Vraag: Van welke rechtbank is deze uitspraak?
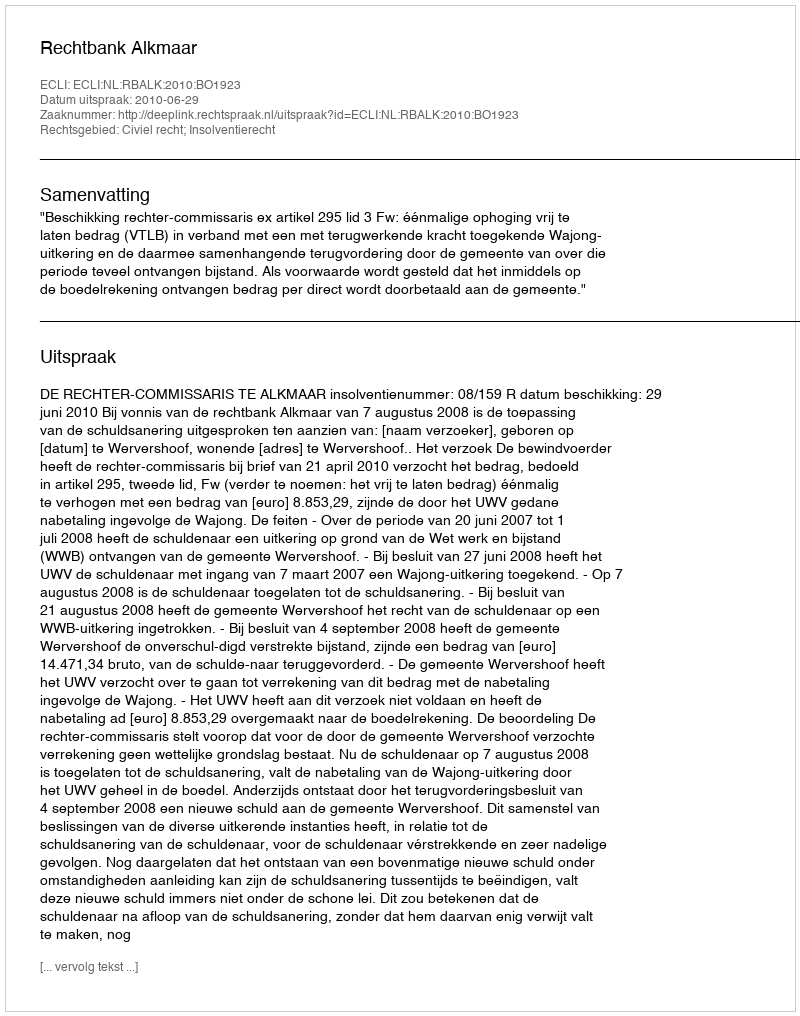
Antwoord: Rechtbank Alkmaar